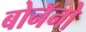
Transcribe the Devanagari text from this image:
बोनॅनो